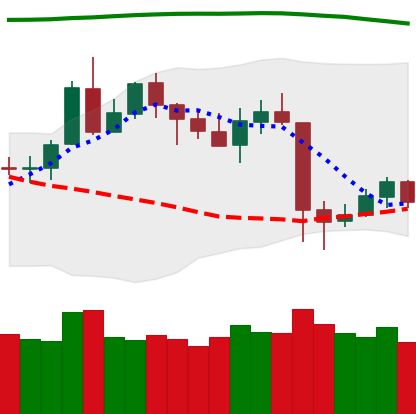
Ticker: LTC-USD
Chart end date: 2020-05-15
Forward return: 3.124%
Label: up_3_5